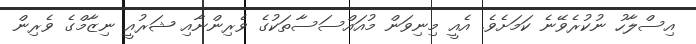
އިސްލާހު ނުކުރެވޭނެ ކަމަށެވެ. އެއީ މިނިވަން މުއައްސަސާތަކުގެ ވެރިންނާއި ޝަރުއީ ނިޒާމްގެ ވެރިން